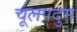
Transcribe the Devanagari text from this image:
चूलपदुम